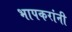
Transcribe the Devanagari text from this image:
भापकरांनी